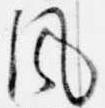
風